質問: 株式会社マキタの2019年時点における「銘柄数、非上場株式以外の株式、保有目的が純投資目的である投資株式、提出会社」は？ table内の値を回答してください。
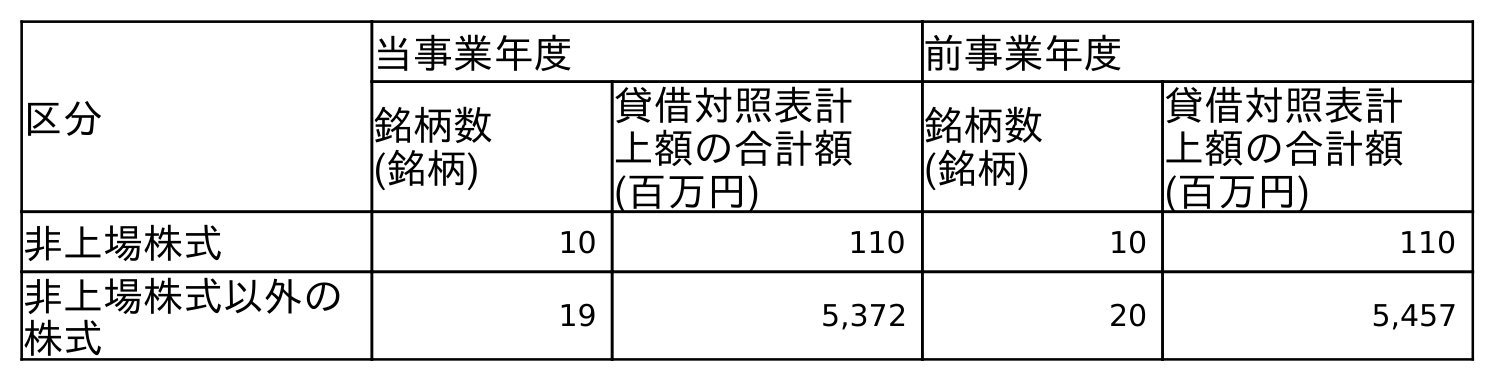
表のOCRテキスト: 区分 当事業年度 前事業年度 銘柄数 (銘柄) 貸借対照表計 上額の合計額 (百万円) 銘柄数 (銘柄) 貸借対照表計 上額の合計額 (百万円) 非上場株式 10 110 10 110 非上場株式以外の 株式 19 5,372 20 5,457
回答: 20